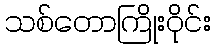
သစ်တောကြိုးဝိုင်း